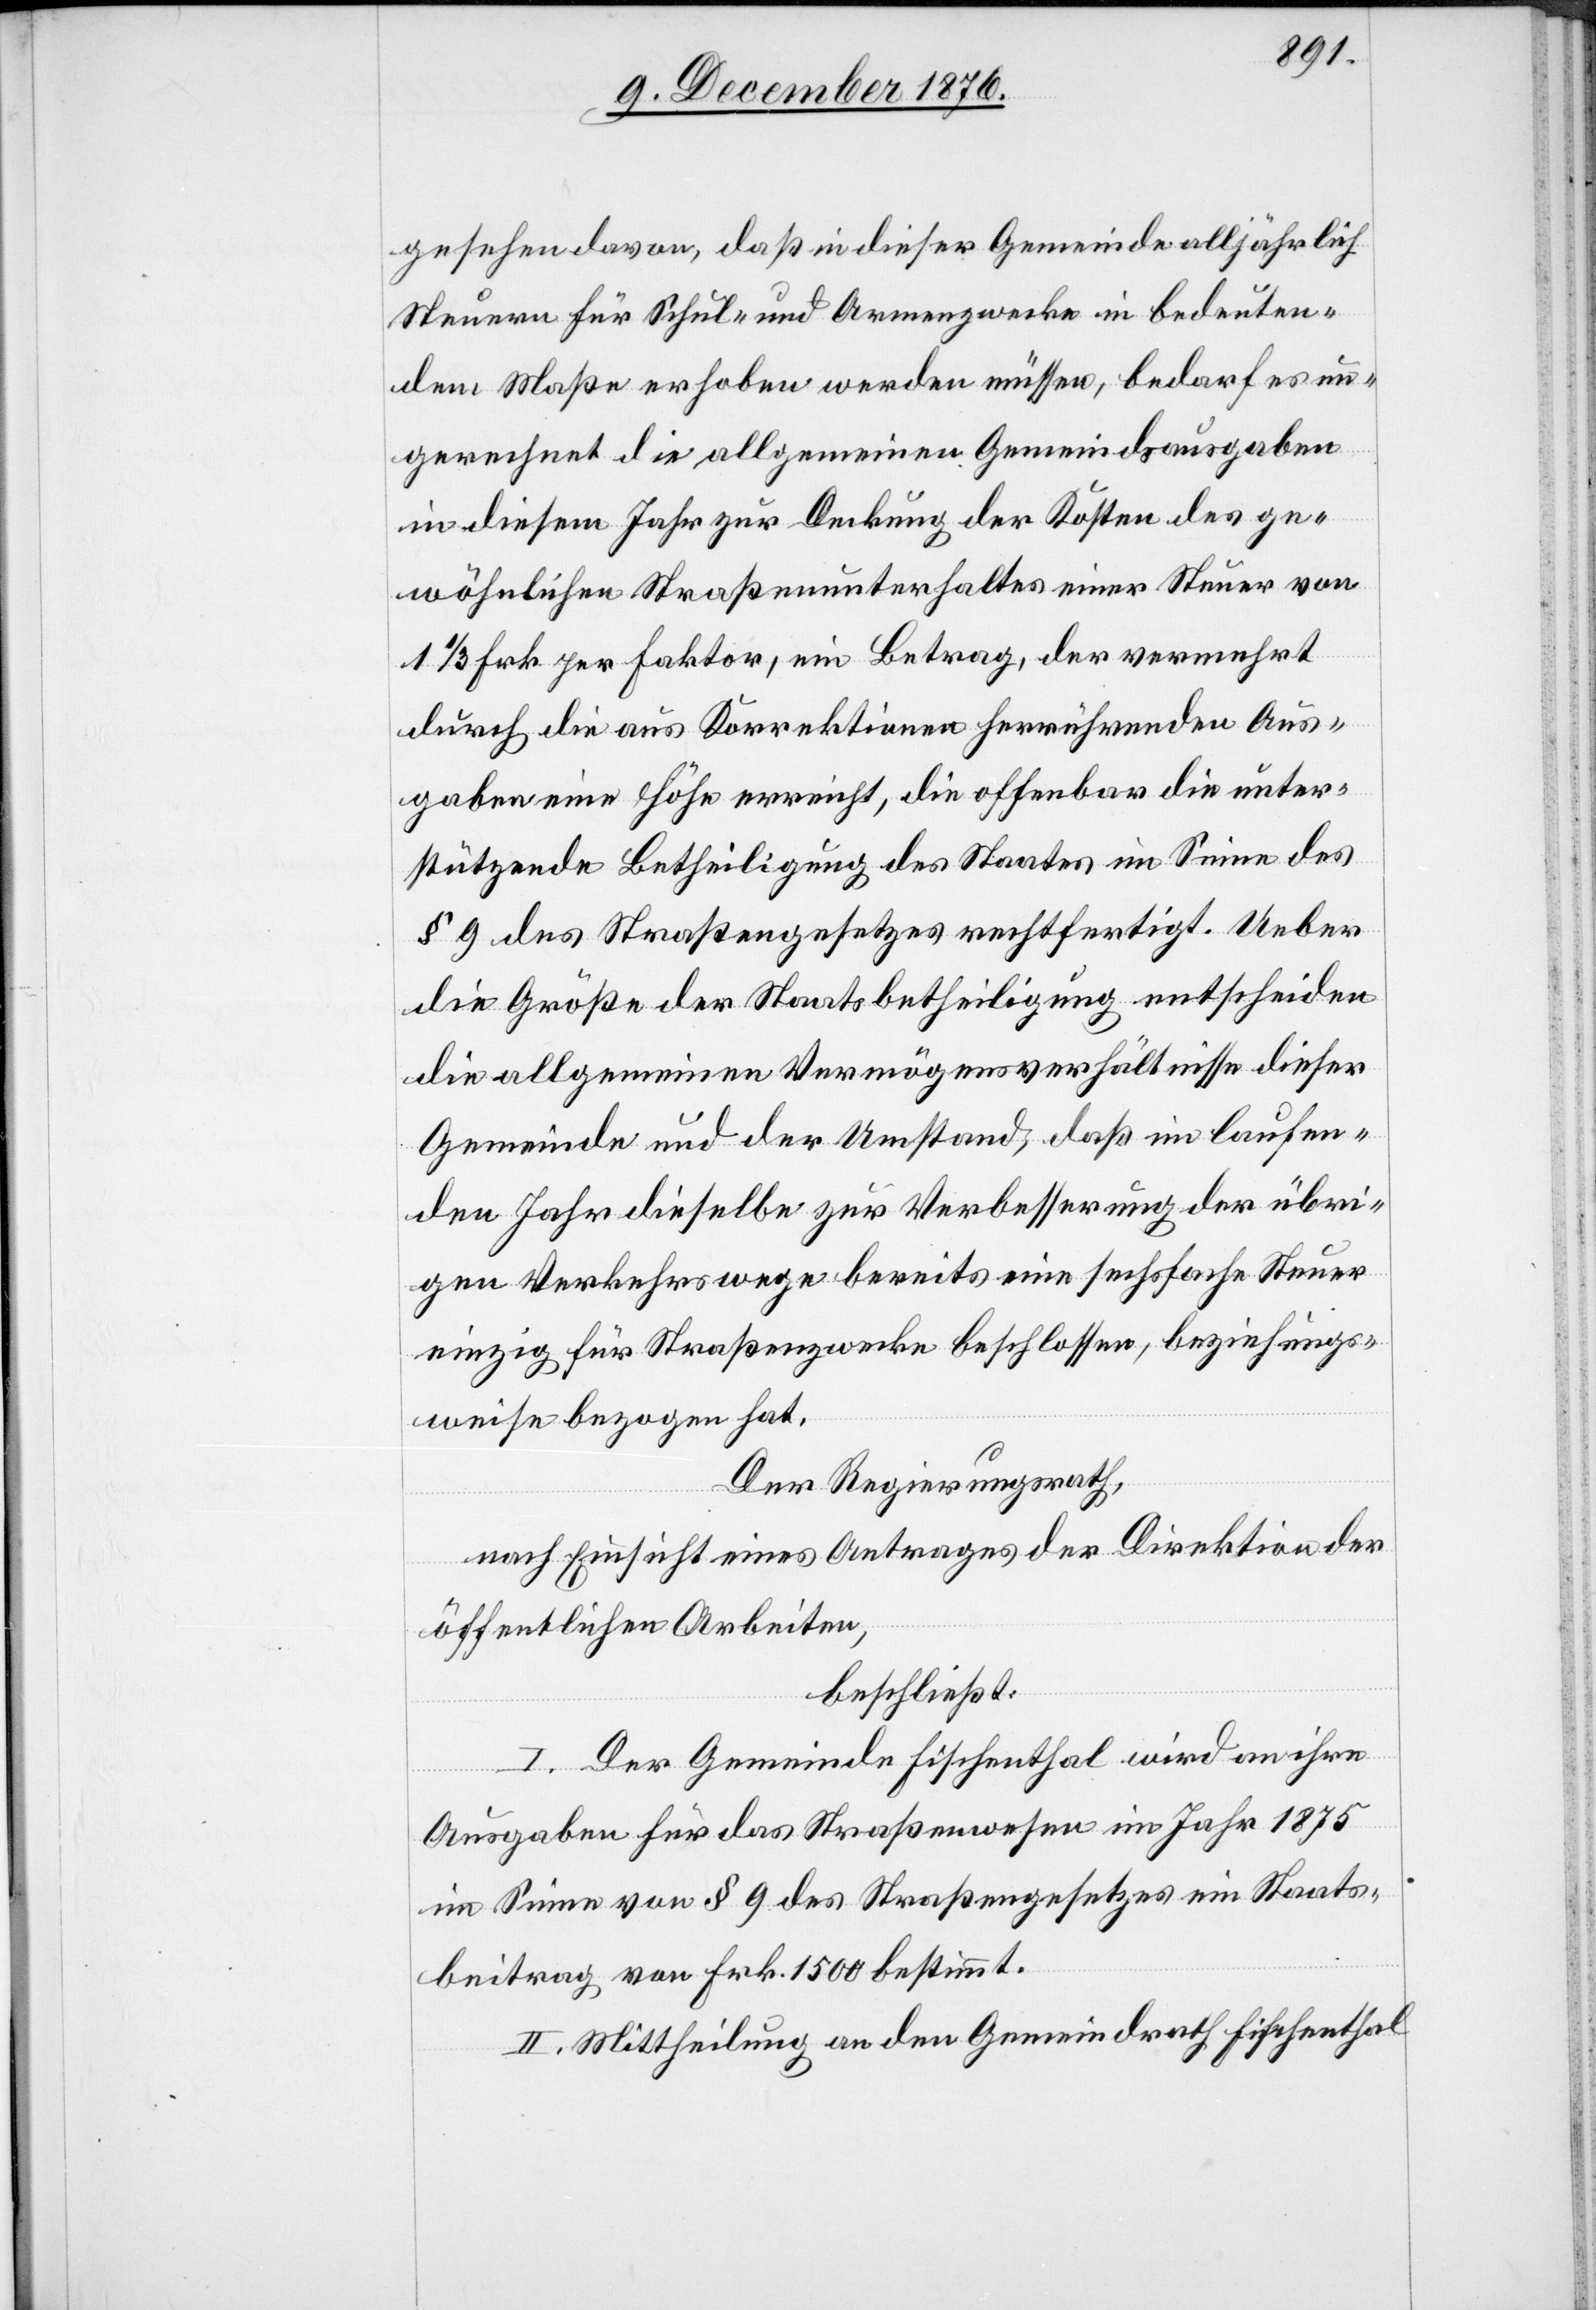
gesehen davon, daß in dieser Gemeinde alljährlich
Steuern für Schul- und Armenzwecke in bedeuten¬
dem Maße erhoben werden müssen, bedarf es un¬
gerechnet die allgemeinen Gemeindsausgaben
in diesem Jahr zur Deckung der Kosten des ge¬
wöhnlichen Straßenunterhaltes einer Steuer von
1 1/3 Frk. per Faktor, ein Betrag, der vermehrt
durch die aus Korrektionen herrührenden Aus¬
gaben eine Höhe erreicht, die offenbar die unter¬
stützende Betheiligung des Staates im Sinne des
§ 9 des Straßengesetzes rechtfertigt. Ueber
die Größe der Staatsbetheiligung entscheiden
die allgemeinen Vermögensverhältnisse dieser
Gemeinde und der Umstand, daß im laufen¬
den Jahr dieselbe zur Verbesserung der übri¬
gen Verkehrswege bereits eine sechsfache Steuer
einzig für Straßenzwecke beschlossen, beziehungs¬
weise bezogen hat.
Der Regierungsrath,
nach Einsicht eines Antrages der Direktion der
öffentlichen Arbeiten,
beschließt:
I. Der Gemeinde Fischenthal wird an ihre
Ausgaben für das Straßenwesen im Jahr 1875
im Sinne von § 9 des Straßengesetzes ein Staats¬
beitrag von Frk. 1500 bestimmt
II. Mittheilung an den Gemeindrath Fischenthal